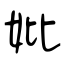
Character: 妣